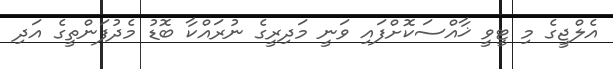
އެލްޖީގެ މި ޓީވީ ޚާއްސަކޮށްފައި ވަނީ މަދިރީގެ ނުރައްކާ ބޮޑު މެދުފަންތީގެ އަދި